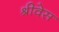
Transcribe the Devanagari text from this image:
श्रीवेस